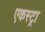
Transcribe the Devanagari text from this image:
एकस्ट्रा